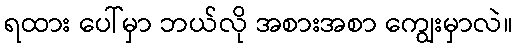
ရထား ပေါ်မှာ ဘယ်လို အစားအစာ ကျွေးမှာလဲ။